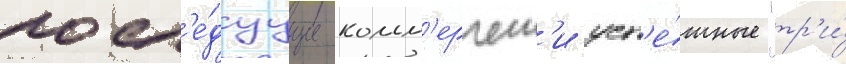
посл'е́дуущие комм'ерческ'и усп'е́шные "тр'и́